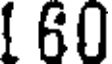
1 60